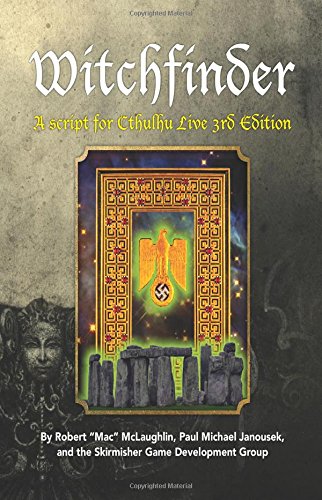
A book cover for WitchFinder: A Script for Cthulhu Live 3rd Edition; Robert "Mac" McLaughlin; Science Fiction & Fantasy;